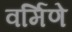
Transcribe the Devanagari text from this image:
वर्मिणे